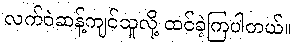
လက်ဝဲဆန့်ကျင်သူလို့ ထင်ခဲ့ကြပါတယ်။